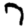
Digit: 7